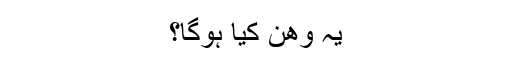
یہ وھن کیا ہوگا؟